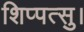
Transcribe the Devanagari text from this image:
शिप्पत्सु।